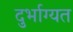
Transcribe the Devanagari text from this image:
दुर्भाग्यत